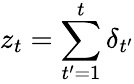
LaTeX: z_{t}=\sum_{t^{\prime}=1}^{t}\delta_{t^{\prime}}